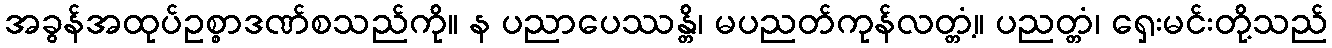
အခွန်အထုပ်ဥစ္စာဒဏ်စသည်ကို။ န ပညာပေဿန္တိ၊ မပညတ်ကုန်လတ္တံ့။ ပညတ္တံ၊ ရှေးမင်းတို့သည်